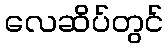
လေဆိပ်တွင်